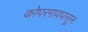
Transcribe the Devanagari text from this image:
कोपरगावपासून